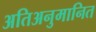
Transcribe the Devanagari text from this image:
अतिअनुमानित